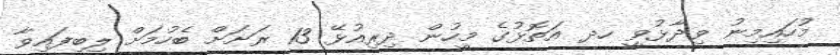
މުހައިމިނު ވިދާޅުވީ ހދ އަތޮޅުގެ މީހުން ދިރިއުޅޭ 13 ރަށަށް ބެހުމަށް ލިބިފައިވާ